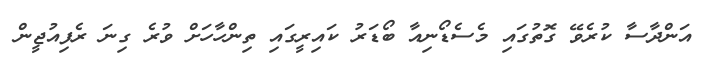
އަންދާސާ ކުރެވޭ ގޮތުގައި މެސެޑޯނިއާ ބޯޑަރު ކައިރީގައި ތިންހާހަށް ވުރެ ގިނަ ރެފިއުޖީން